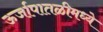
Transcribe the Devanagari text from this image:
ऊर्जापातळीमध्ये